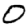
Digit: 0